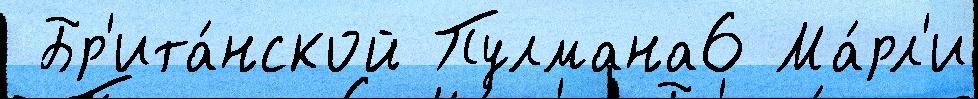
 Бр'ита́нской Пулмана6 Ма́рл'и